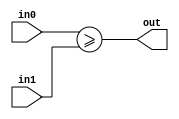
module coreir_uge #(
    parameter width = 1
) (
    input [width-1:0] in0,
    input [width-1:0] in1,
    output out
);
  assign out = in0 >= in1;
endmodule

module coreir_uge8_wrapped (
    input [7:0] I0,
    input [7:0] I1,
    output O
);
wire coreir_uge8_inst0_out;
coreir_uge #(
    .width(8)
) coreir_uge8_inst0 (
    .in0(I0),
    .in1(I1),
    .out(coreir_uge8_inst0_out)
);
assign O = coreir_uge8_inst0_out;
endmodule